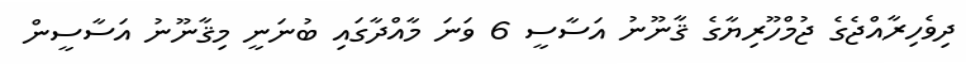
ދިވެހިރާއްޖެގެ ޖުމްހޫރިޔާގެ ޤާނޫނު އަސާސީ 6 ވަނަ މާއްދާގައި ބުނަނީ މިޤާނޫނު އަސާސީން